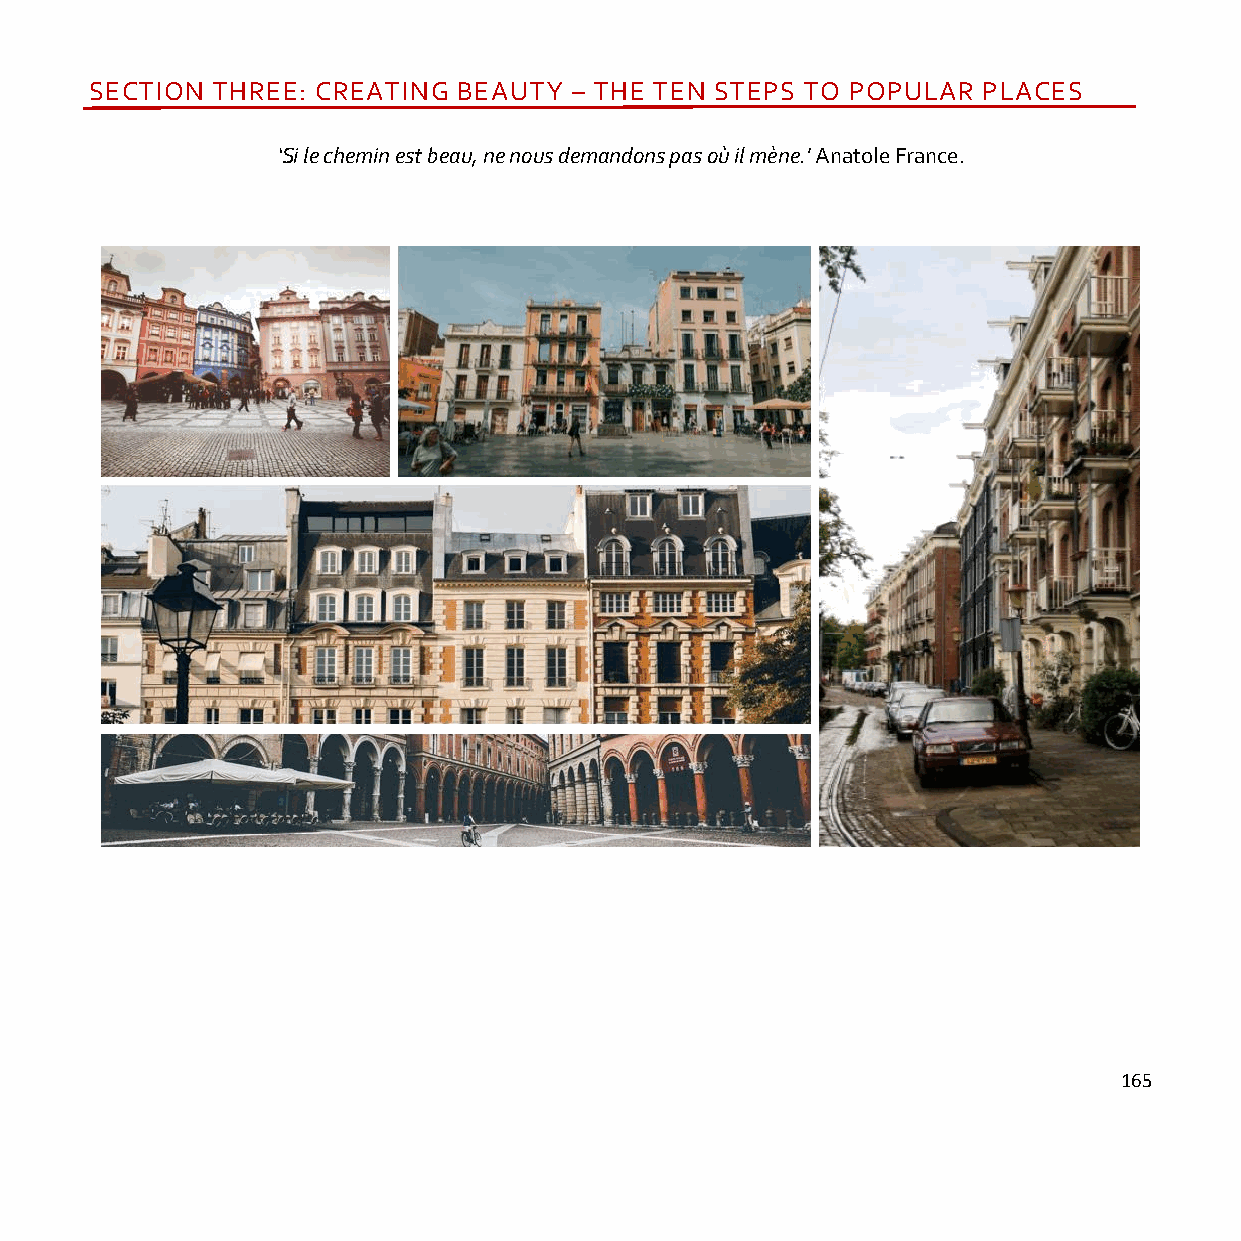
SECTION THREE: CREATING BEAUTY  – THE TEN STEPS TO POPULAR PLACES
 ‘Si le chemin est beau, ne nous demandons pas où il mène.' Anatole France.
 165